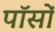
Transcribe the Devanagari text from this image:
पॉसों